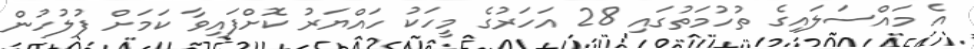
އެ މައްސަލައިގެ ތުހުމަތުގައި 28 އަހަރުގެ މީހަކު ހައްޔަރު ކޮށްފައިވާ ކަމަށް ފުލުހުން